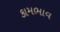
કામભાવ